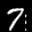
Label: 7